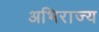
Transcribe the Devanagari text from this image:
अभिराज्य